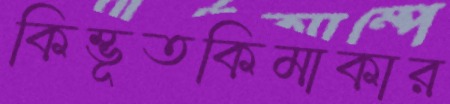
কিম্ভূতকিমাকার